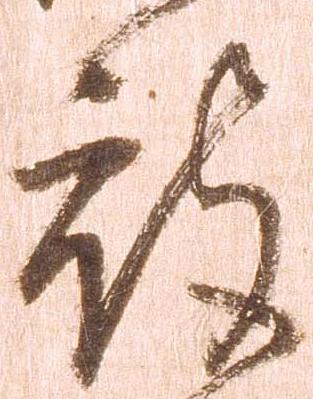
被